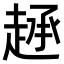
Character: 𫎷